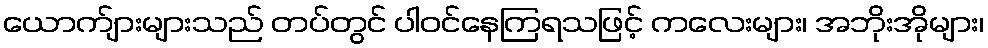
ယောက်ျားများသည် တပ်တွင် ပါဝင်နေကြရသဖြင့် ကလေးများ၊ အဘိုးအိုများ၊